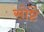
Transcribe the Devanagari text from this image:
सोष्टें